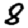
Digit: 8